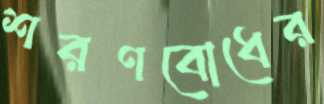
শরণবোধের